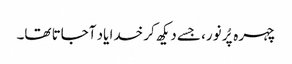
چہرہ پُر نور، جسے دیکھ کر خدا یاد آجاتا تھا۔